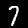
Digit: 7